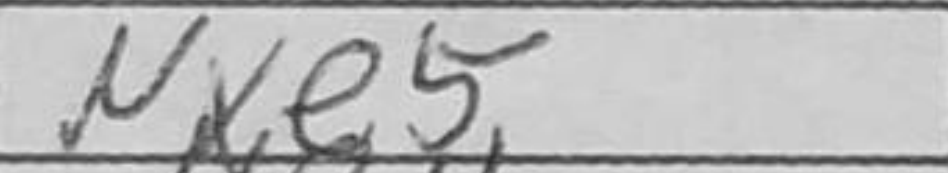
Transcription: Nxe5